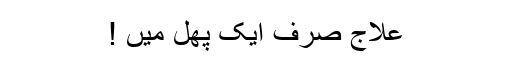
علاج صرف ایک پھل میں !